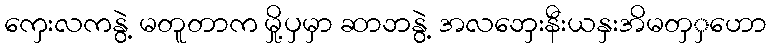
ကှေးလကနွဲ့ မတူတာက မှို့ပှမှာ ဆာဘနွဲ့ အလဘှေးနီးယနှးအိမတှှဟော